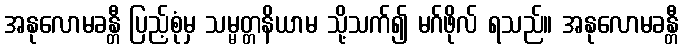
အနုလောမခန္တီ ပြည့်စုံမှ သမ္မတ္တနိယာမ သို့သက်၍ မဂ်ဖိုလ် ရသည်။ အနုလောမခန္တီ